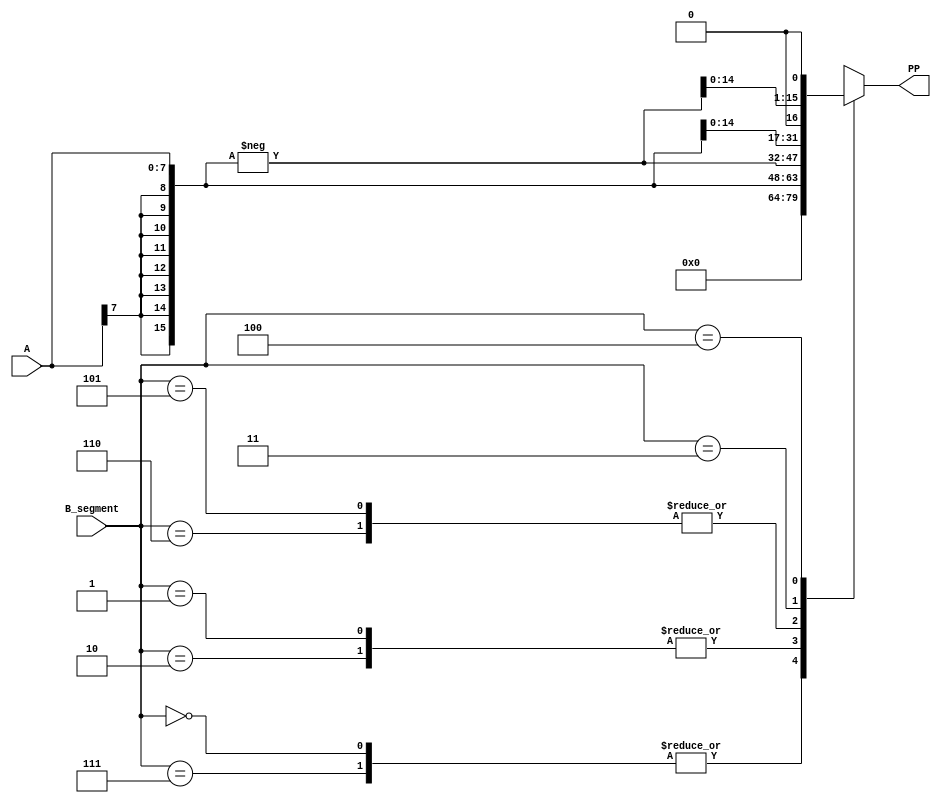
`timescale 1ns / 1ps

module booth_encoder (
	//	Outputs
	PP,
	// 	Input
	A, B_segment
	);
	input 	[7:0] 	A;
	input 	[2:0] 	B_segment;
	output	[15:0]	PP;
	reg 	[15:0]	PP;
	reg 	[15:0]	A_extended;

	always @ (A or B_segment) begin
		A_extended = {{8{A[7]}},A};	
		case (B_segment)
			3'b000,3'b111: 	PP<= 0;
			3'b001,3'b010: 	PP<= A_extended;
			3'b101,3'b110: 	PP<= (-A_extended);
			3'b011:		PP<= (A_extended<<1);
			3'b100:		PP<= (-A_extended<<1);
		endcase
	end
endmodule

module booth_mult(
	//	Outputs
	p,
	//	Inputs
	a, b
	);
	input 	[7:0]	a,b;
	output 	[15:0]	p;
	reg 	[15:0]	p;
	wire	[15:0]	PP1,PP2,PP3,PP4;
	booth_encoder booth1(PP1,a,{b[1],b[0],1'b0});
	booth_encoder booth2(PP2,a,{b[3],b[2],b[1]});
	booth_encoder booth3(PP3,a,{b[5],b[4],b[3]});
	booth_encoder booth4(PP4,a,{b[7],b[6],b[5]});	
	always @ (PP1 or PP2 or PP3 or PP4) begin
		p = PP1 + (PP2<<2) + (PP3<<4) + (PP4<<6);
	end
endmodule

module fir(
			clk,
			reset,
			inp,
			outp
		  );
	input			reset,clk;
	input	[7:0]	inp;
	output	[7:0]	outp;
	reg		[7:0]	outp;
	reg		[7:0]	inp_list[13:0];
	wire	[15:0]	PA[13:0];
	reg		[7:0]	h[13:0];
	reg		[19:0]	outp_temp;

	always @ (posedge clk, posedge reset) begin
		h[0] <=   8'b00000000;
		h[1] <=   8'b11111011;
		h[2] <=   8'b11111011;
		h[3] <=   8'b11111111;
		h[4] <=   8'b00001010;
		h[5] <=   8'b00011001;
		h[6] <=   8'b00100100;
		h[7] <=   8'b00100100;
		h[8] <=   8'b00011001;
		h[9] <=   8'b00001010;
		h[10] <=  8'b11111111;
		h[11] <=  8'b11111011;
		h[12] <=  8'b11111011;
		h[13] <=  8'b00000000;
	end

	always @ (posedge clk, posedge reset) begin
	if (reset) begin
		inp_list[13] <= 0;
		inp_list[12] <= 0;
		inp_list[11] <= 0;
		inp_list[10] <= 0;
		inp_list[9] <= 0;
		inp_list[8] <= 0;
		inp_list[7] <= 0;
		inp_list[6] <= 0;
		inp_list[5] <= 0;
		inp_list[4] <= 0;
		inp_list[3] <= 0;
		inp_list[2] <= 0;
		inp_list[1] <= 0;
		inp_list[0] <= 0;
	end else begin
		inp_list[13] <= inp_list[12];
		inp_list[12] <= inp_list[11];
		inp_list[11] <= inp_list[10];
		inp_list[10] <= inp_list[9];
		inp_list[9] <= inp_list[8];
		inp_list[8] <= inp_list[7];
		inp_list[7] <= inp_list[6];
		inp_list[6] <= inp_list[5];
		inp_list[5] <= inp_list[4];
		inp_list[4] <= inp_list[3];
		inp_list[3] <= inp_list[2];
		inp_list[2] <= inp_list[1];
		inp_list[1] <= inp_list[0];
		inp_list[0] <= inp;
	end
	end

	booth_mult PA0(PA[0],inp_list[0],h[0]);		
	booth_mult PA1(PA[1],inp_list[1],h[1]);		
	booth_mult PA2(PA[2],inp_list[2],h[2]);		
	booth_mult PA3(PA[3],inp_list[3],h[3]);		
	booth_mult PA4(PA[4],inp_list[4],h[4]);		
	booth_mult PA5(PA[5],inp_list[5],h[5]);		
	booth_mult PA6(PA[6],inp_list[6],h[6]);		
	booth_mult PA7(PA[7],inp_list[7],h[7]);		
	booth_mult PA8(PA[8],inp_list[8],h[8]);		
	booth_mult PA9(PA[9],inp_list[9],h[9]);		
	booth_mult PAA(PA[10],inp_list[10],h[10]);		
	booth_mult PAB(PA[11],inp_list[11],h[11]);		
	booth_mult PAC(PA[12],inp_list[12],h[12]);		
	booth_mult PAD(PA[13],inp_list[13],h[13]);		

		always @ (posedge clk, posedge reset) begin
		if (reset) begin
			outp <= 0;
		end else begin
             outp_temp <= ({{4{PA[0][15]}},PA[0]}+{{4{PA[1][15]}},PA[1]}+{{4{PA[2][15]}},PA[2]}+{{4{PA[3][15]}},PA[3]}+{{4{PA[4][15]}},PA[4]}+{{4{PA[5][15]}},PA[5]}+{{4{PA[6][15]}},PA[6]}+{{4{PA[7][15]}},PA[7]}+{{4{PA[8][15]}},PA[8]}+{{4{PA[9][15]}},PA[9]}+{{4{PA[10][15]}},PA[10]}+{{4{PA[11][15]}},PA[11]}+{{4{PA[12][15]}},PA[12]}+{{4{PA[13][15]}},PA[13]});

			outp <= outp_temp[14:7];
		end
		end
endmodule






module memtransfer(
    input clk,
    input reset,
    input [7:0] din,
	 output reg [9:0] addr_in,
    output [7:0] dout,
	 output reg [9:0] addr_out,
//    output re1, // Optional if you want to have separate read enable
    output reg we,
	 output reg done   // Goes high to signify completion of the operation
    );

	parameter [1:0]
		st_IDLE = 'd0,
		st_RD1  = 'd1,
		st_RDWR = 'd2;

	reg [1:0] state;

	always @(posedge clk or posedge reset) begin
		if (reset) begin
			state <= st_IDLE;
			addr_in <= 'd0;
			addr_out <= 'd0;
			done <= 'b0;
			we <= 'b0;
		end else begin
			case (state) 
				st_IDLE: begin
					addr_in <= 'd0;
					addr_out <= 'd0;
					done <= 'b0;
					we <= 'b0;
					state <= st_RD1;
				end
				st_RD1: begin
					addr_in <= 'd1; // will take effect next cycle
					state <= st_RDWR;
					addr_out <= 'd0; // already 0, but confirm as per timing diagram
					we <= 'b1;       // we will write in the next cycle
				end
				st_RDWR: begin
					if (addr_out == 'd1023) begin // finished writing all data
						state <= st_IDLE;
						we <= 'b0;
						done <= 'b1;   // will be high in next one cycle alone
					end else begin
						if (addr_in == 'd1023) // not really necessary in this case
							addr_in <= 'd0;
						else 
							addr_in <= addr_in + 'd1; // next read address
						state <= st_RDWR;      // remain in same state
						addr_out <= addr_out + 'd1;  // next addr to write
						we <= 'b1;             // keep writing
					end
				end
				default: begin
					we <= 'd0; // don't write unless you want to
					state <= st_IDLE; // return to IDLE state if unknown
				end
			endcase
		end
	end

	// always perform computation on the input data: continuous assign
//	assign dout = din + 'd42;  // add 42 to the input value.  Just for example.

	fir fr(clk,reset,din,dout);
	
endmodule